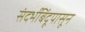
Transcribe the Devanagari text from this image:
संदर्भबिंदूपासून